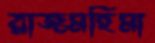
রাজমহিমা